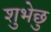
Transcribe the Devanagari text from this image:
शुभेछु